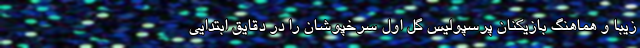
زیبا و هماهنگ بازیکنان پرسپولیس گل اول سرخپوشان را در دقایق ابتدایی